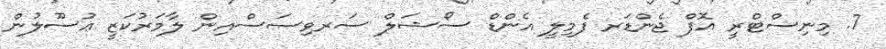
7. މިނިސްޓްރީ އޮފް ޖެންޑަރ ފެމިލީ އެންޑް ސޯޝަލް ސަރވިސަސްއިން ލާމަރުކަޒީ ޢުސޫލުން